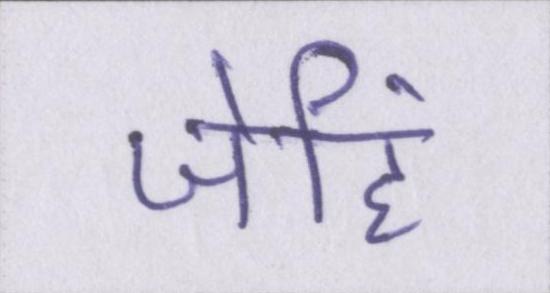
जेहिं